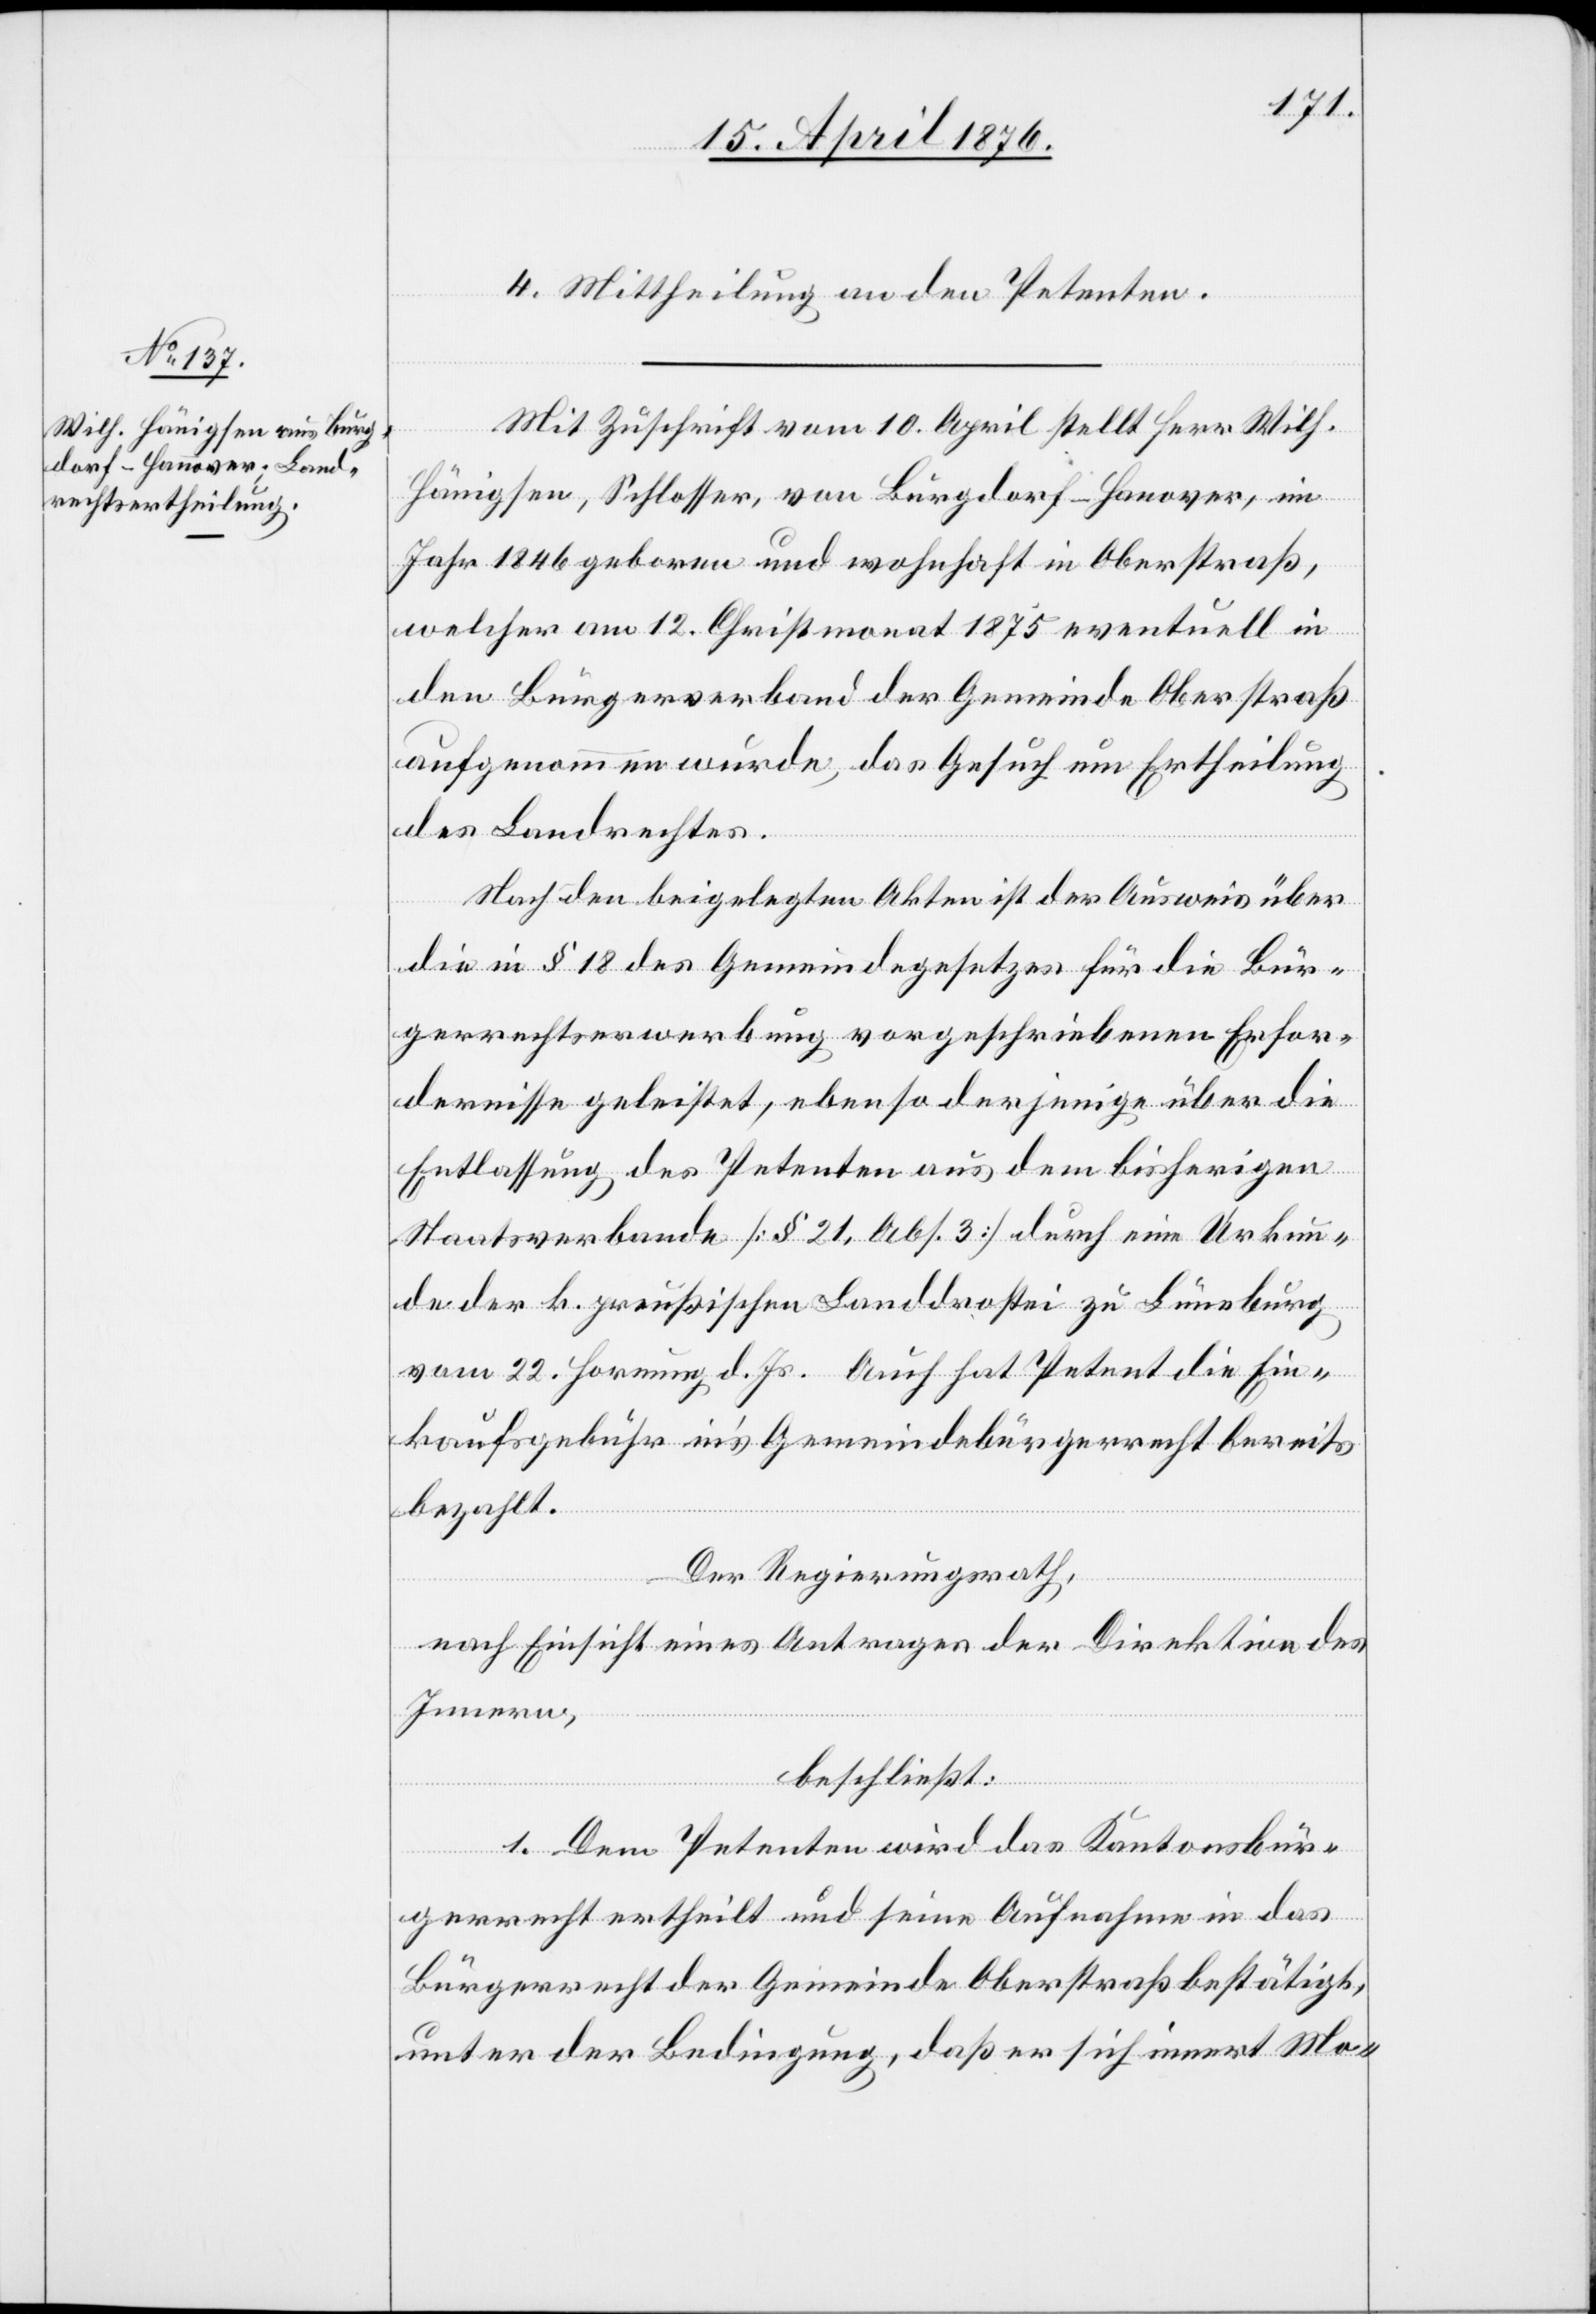
4. Mittheilung an den Petenten.
Mit Zuschrift vom 10. April stellt Herr Wilh.
Hänigsen, Schlosser, von Burgdorf-Hannover, im
Jahr 1846 geboren und wohnhaft in Oberstraß,
welcher am 12. Christmonat 1875 eventuell in
den Bürgerverband der Gemeinde Oberstraß
aufgenommen wurde, das Gesuch um Ertheilung
des Landrechtes.
Nach den beigelegten Akten ist der Ausweis über
die in § 18 des Gemeindegesetzes für die Bür¬
gerrechtserwerbung vorgeschriebenen Erfor¬
dernisse geleistet, ebenso derjenige über die
Entlassung des Petenten aus dem bisherigen
Staatsverbande [§ 21, Abs. 3] durch eine Urkun¬
de der k. preußischen Landdrostei zu Lüneburg
vom 22. Hornung d. Js. Auch hat Petent die Ein¬
kaufsgebühr in’s Gemeindebürgerrecht bereits
bezahlt.
Der Regierungsrath,
nach Einsicht eines Antrages der Direktion des
Innern,
beschließt:
1. Dem Petenten wird das Kantonsbür¬
gerrecht ertheilt und seine Aufnahme in das
Bürgerrecht der Gemeinde Oberstraß bestätigt,
unter der Bedingung, daß er sich innert Mo-